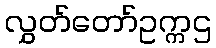
လွှတ်တော်ဥက္ကဌ